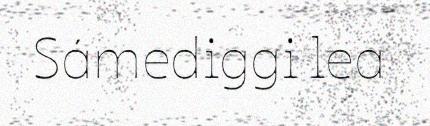
Sámediggi lea